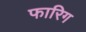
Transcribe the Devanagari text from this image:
फारिग